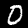
Label: 0